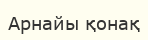
Арнайы қонақ